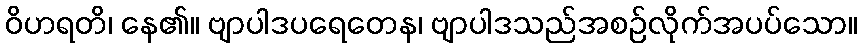
ဝိဟရတိ၊ နေ၏။ ဗျာပါဒပရေတေန၊ ဗျာပါဒသည်အစဉ်လိုက်အပပ်သော။